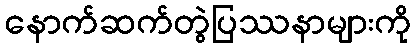
နောက်ဆက်တွဲပြဿနာများကို